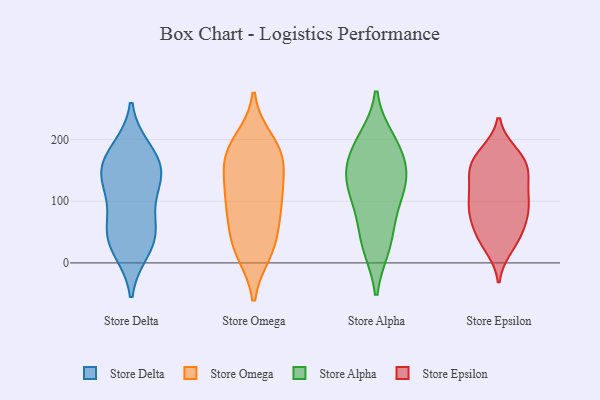
{"axis": {"x": "Revenue (USD Million)", "y": "Value"}, "legend": ["Store Alpha", "Store Delta", "Store Epsilon", "Store Omega"], "data": [{"x": "", "y": 150, "type": "Store Delta"}, {"x": "", "y": 39, "type": "Store Delta"}, {"x": "", "y": 110, "type": "Store Delta"}, {"x": "", "y": 49, "type": "Store Delta"}, {"x": "", "y": 130, "type": "Store Delta"}, {"x": "", "y": 181, "type": "Store Delta"}, {"x": "", "y": 23, "type": "Store Delta"}, {"x": "", "y": 56, "type": "Store Delta"}, {"x": "", "y": 151, "type": "Store Delta"}, {"x": "", "y": 167, "type": "Store Delta"}, {"x": "", "y": 106, "type": "Store Omega"}, {"x": "", "y": 105, "type": "Store Omega"}, {"x": "", "y": 163, "type": "Store Omega"}, {"x": "", "y": 154, "type": "Store Omega"}, {"x": "", "y": 189, "type": "Store Omega"}, {"x": "", "y": 198, "type": "Store Omega"}, {"x": "", "y": 90, "type": "Store Omega"}, {"x": "", "y": 170, "type": "Store Omega"}, {"x": "", "y": 17, "type": "Store Omega"}, {"x": "", "y": 47, "type": "Store Omega"}, {"x": "", "y": 32, "type": "Store Omega"}, {"x": "", "y": 121, "type": "Store Omega"}, {"x": "", "y": 177, "type": "Store Omega"}, {"x": "", "y": 17, "type": "Store Omega"}, {"x": "", "y": 77, "type": "Store Omega"}, {"x": "", "y": 199, "type": "Store Alpha"}, {"x": "", "y": 136, "type": "Store Alpha"}, {"x": "", "y": 139, "type": "Store Alpha"}, {"x": "", "y": 98, "type": "Store Alpha"}, {"x": "", "y": 146, "type": "Store Alpha"}, {"x": "", "y": 27, "type": "Store Alpha"}, {"x": "", "y": 191, "type": "Store Alpha"}, {"x": "", "y": 29, "type": "Store Alpha"}, {"x": "", "y": 124, "type": "Store Alpha"}, {"x": "", "y": 181, "type": "Store Alpha"}, {"x": "", "y": 71, "type": "Store Alpha"}, {"x": "", "y": 169, "type": "Store Epsilon"}, {"x": "", "y": 151, "type": "Store Epsilon"}, {"x": "", "y": 39, "type": "Store Epsilon"}, {"x": "", "y": 48, "type": "Store Epsilon"}, {"x": "", "y": 42, "type": "Store Epsilon"}, {"x": "", "y": 170, "type": "Store Epsilon"}, {"x": "", "y": 141, "type": "Store Epsilon"}, {"x": "", "y": 86, "type": "Store Epsilon"}, {"x": "", "y": 142, "type": "Store Epsilon"}, {"x": "", "y": 162, "type": "Store Epsilon"}, {"x": "", "y": 176, "type": "Store Epsilon"}, {"x": "", "y": 83, "type": "Store Epsilon"}, {"x": "", "y": 78, "type": "Store Epsilon"}, {"x": "", "y": 99, "type": "Store Epsilon"}, {"x": "", "y": 27, "type": "Store Epsilon"}, {"x": "", "y": 111, "type": "Store Epsilon"}, {"x": "", "y": 84, "type": "Store Epsilon"}, {"x": "", "y": 119, "type": "Store Epsilon"}]}